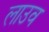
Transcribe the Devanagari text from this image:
लाउव